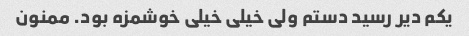
یکم دیر رسید دستم ولی خیلی خیلی خوشمزه بود. ممنون